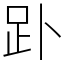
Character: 䟔